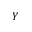
Y